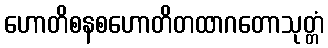
ဟောတိစနစဟောတိတထာဂတောသုတ္တံ